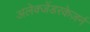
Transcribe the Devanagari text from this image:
अलेक्जेंडरकेज़र्न